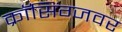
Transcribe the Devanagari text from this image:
क्राॅसिंग्जवर